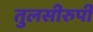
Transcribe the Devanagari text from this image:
तुलसीरुपी